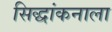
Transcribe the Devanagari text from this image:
सिद्धांकनाला